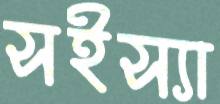
সইস্যা